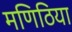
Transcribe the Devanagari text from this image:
मणिठिया